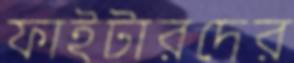
ফাইটারদের